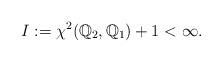
LaTeX: \begin{align*}I:= \chi^2(\mathbb{Q}_2,\mathbb{Q}_1)+1 <\infty. \end{align*}